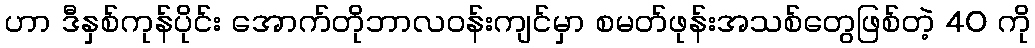
ဟာ ဒီနှစ်ကုန်ပိုင်း အောက်တိုဘာလဝန်းကျင်မှာ စမတ်ဖုန်းအသစ်တွေဖြစ်တဲ့ 40 ကို